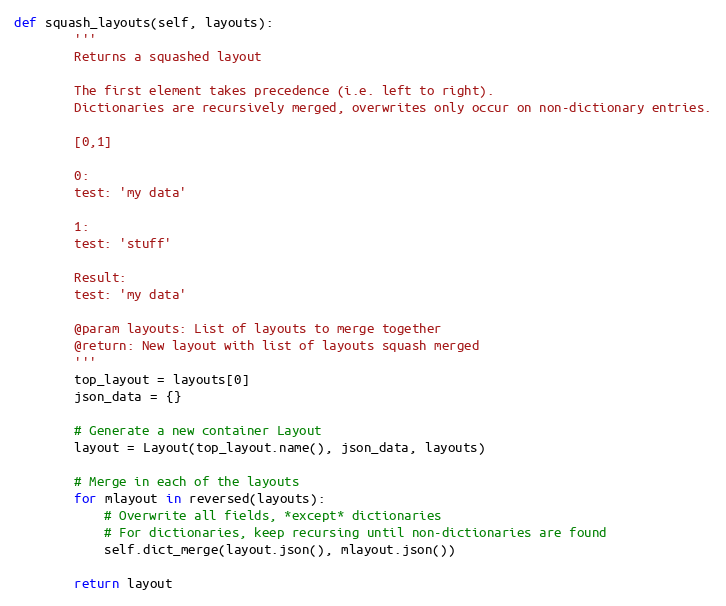
Language: Python
def squash_layouts(self, layouts):
        '''
        Returns a squashed layout

        The first element takes precedence (i.e. left to right).
        Dictionaries are recursively merged, overwrites only occur on non-dictionary entries.

        [0,1]

        0:
        test: 'my data'

        1:
        test: 'stuff'

        Result:
        test: 'my data'

        @param layouts: List of layouts to merge together
        @return: New layout with list of layouts squash merged
        '''
        top_layout = layouts[0]
        json_data = {}

        # Generate a new container Layout
        layout = Layout(top_layout.name(), json_data, layouts)

        # Merge in each of the layouts
        for mlayout in reversed(layouts):
            # Overwrite all fields, *except* dictionaries
            # For dictionaries, keep recursing until non-dictionaries are found
            self.dict_merge(layout.json(), mlayout.json())

        return layout